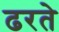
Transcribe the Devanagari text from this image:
ढरते